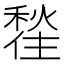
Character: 𪝲